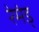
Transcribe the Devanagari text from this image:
रेमंड्